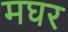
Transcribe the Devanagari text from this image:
मघर